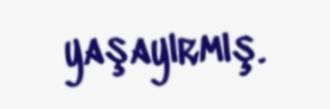
yaşayırmış.